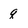
Character: q